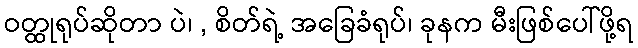
ဝတ္ထုရုပ်ဆိုတာ ပဲ၊ , စိတ်ရဲ့ အခြေခံရုပ်၊ ခုနက မီးဖြစ်ပေါ်ဖို့ရ